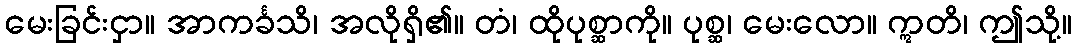
မေးခြင်းငှာ။ အာကင်္ခသိ၊ အလိုရှိ၏။ တံ၊ ထိုပုစ္ဆာကို။ ပုစ္ဆ၊ မေးလော။ ဣတိ၊ ဤသို့။